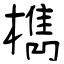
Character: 檇